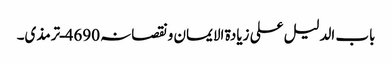
باب الدلیل علی زیادۃ الایمان ونقصانہ 4690ـ ترمذی۔